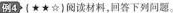
例4（★★☆）阅读材料，回答下列问题。